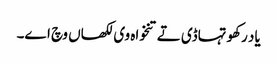
یاد رکھو تہاڈی تے تنخواہ وی لکھاں وچ اے۔